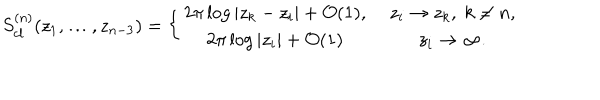
S _ { c l } ^ { ( n ) } ( z _ { 1 } , \ldots , z _ { n - 3 } ) = \left\{ \begin{array} { c c } { { 2 \pi \log | z _ { k } - z _ { i } | + { \cal O } ( 1 ) , \; } } & { { z _ { i } \to z _ { k } , \; k \ne n , } } \\ { { 2 \pi \log | z _ { i } | + { \cal O } ( 1 ) \; } } & { { z _ { i } \to \infty . } } \\ \end{array} \right.